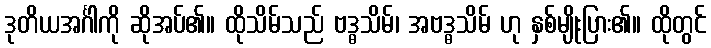
ဒုတိယအင်္ဂါကို ဆိုအပ်၏။ ထိုသိမ်သည် ဗဒ္ဓသိမ်၊ အဗဒ္ဓသိမ် ဟု နှစ်မျိုးပြား၏။ ထိုတွင်